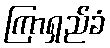
ကြာရှည်ခံ